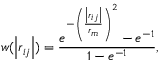
w ( \left| \boldsymbol { r } _ { i j } \right| ) = \frac { e ^ { - { \left( \frac { \left| \boldsymbol { r } _ { i j } \right| } { r _ { m } } \right) } ^ { 2 } } - e ^ { - 1 } } { 1 - e ^ { - 1 } } ,